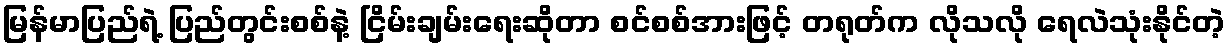
မြန်မာပြည်ရဲ့ ပြည်တွင်းစစ်နဲ့ ငြိမ်းချမ်းရေးဆိုတာ စင်စစ်အားဖြင့် တရုတ်က လိုသလို ရေလဲသုံးနိုင်တဲ့